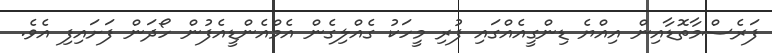
ފަރެސްމާތޮޑާއިން އިއްޔެ ޑިންގީއެއްގައި ފުރި މީހަކު ގެއްލިގެން އެމްއެންޑީއެފުން ހޯދަން ފަށައިފި އެވެ.